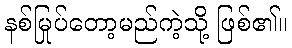
နစ်မြုပ်တော့မည်ကဲ့သို့ ဖြစ်၏။